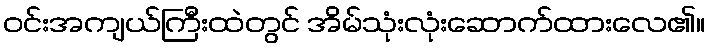
ဝင်းအကျယ်ကြီးထဲတွင် အိမ်သုံးလုံးဆောက်ထားလေ၏။